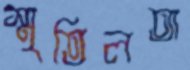
স্মৃতিলতা